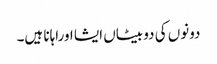
دونوں کی دو بیٹاں ایشا اوراہانا ہیں۔